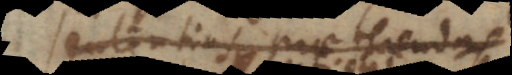
sententias praeferendas